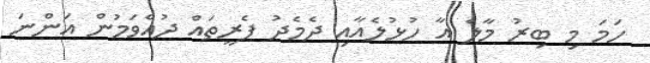
ހަމަ މި ބިރު މާލެ އާ ހުޅުލެއާއި ދެމެދު ފެރީތައް ދުއްވަމުން އަންނަ